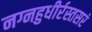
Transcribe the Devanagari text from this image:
नग्नहुधीर्रस्तसरं